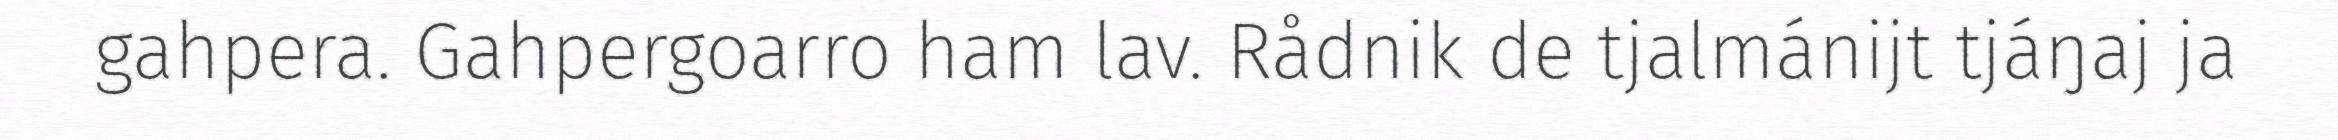
gahpera. Gahpergoarro ham lav. Rådnik de tjalmánijt tjáŋaj ja